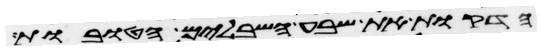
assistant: הדקות את שבע השבלים הטובות